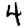
Digit: 4